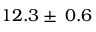
1 2 . 3 \pm \: 0 . 6